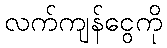
လက်ကျန်ငွေကို